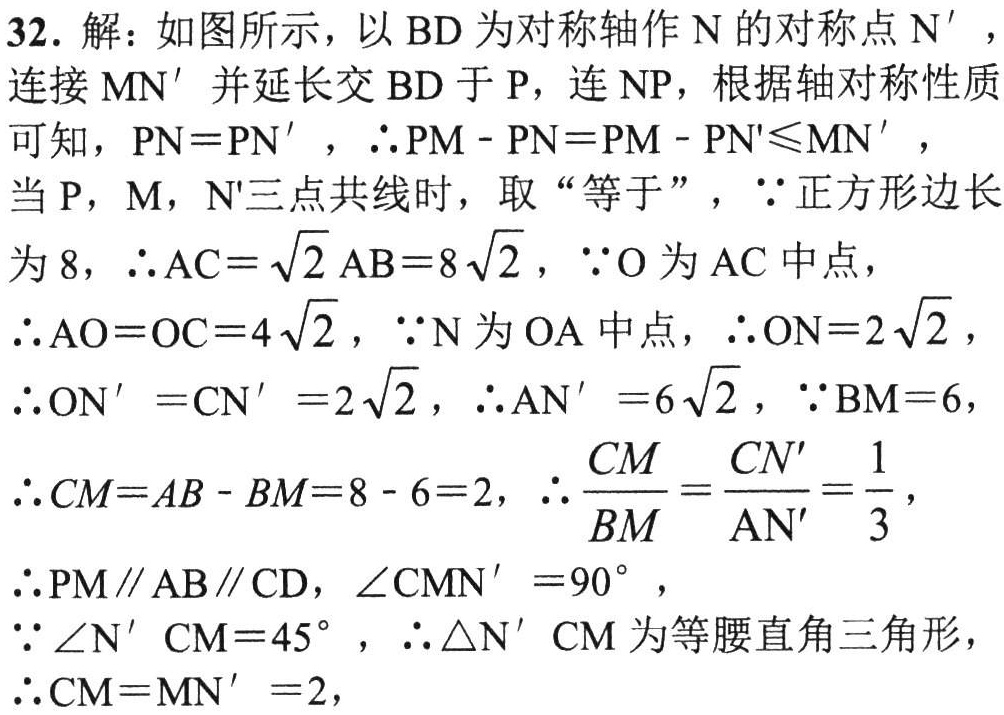
32. 解：如图所示，以 \(BD\) 为对称轴作 \(N\) 的对称点 \(N'\)，连接 \(MN'\) 并延长交 \(BD\) 于 \(P\)，连 \(NP\)，根据轴对称性质可知，\(PN = PN'\)，\(\therefore PM - PN=PM - PN'\leq MN'\)，当 \(P\)，\(M\)，\(N'\)三点共线时，取“等于”，\(\because\)正方形边长为 \(8\)，\(\therefore AC = \sqrt{2}AB = 8\sqrt{2}\)，\(\because O\) 为 \(AC\) 中点，\(\therefore AO = OC = 4\sqrt{2}\)，\(\because N\) 为 \(OA\) 中点，\(\therefore ON = 2\sqrt{2}\)，\(\therefore ON' = CN' = 2\sqrt{2}\)，\(\therefore AN' = 6\sqrt{2}\)，\(\because BM = 6\)，\(\therefore CM = AB - BM = 8 - 6 = 2\)，\(\therefore \frac{CM}{BM}=\frac{CN'}{AN'}=\frac{1}{3}\)，\(\therefore PM\parallel AB\parallel CD\)，\(\angle CMN' = 90^{\circ}\)，\(\because \angle N'CM = 45^{\circ}\)，\(\therefore \triangle N'CM\) 为等腰直角三角形，\(\therefore CM = MN' = 2\)，